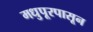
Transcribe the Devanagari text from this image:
मधुपूरपासून